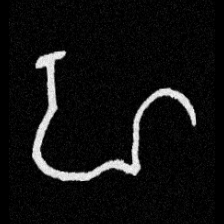
Pyu character \u2014 Myanmar letter: ဟ (romanized: ha)